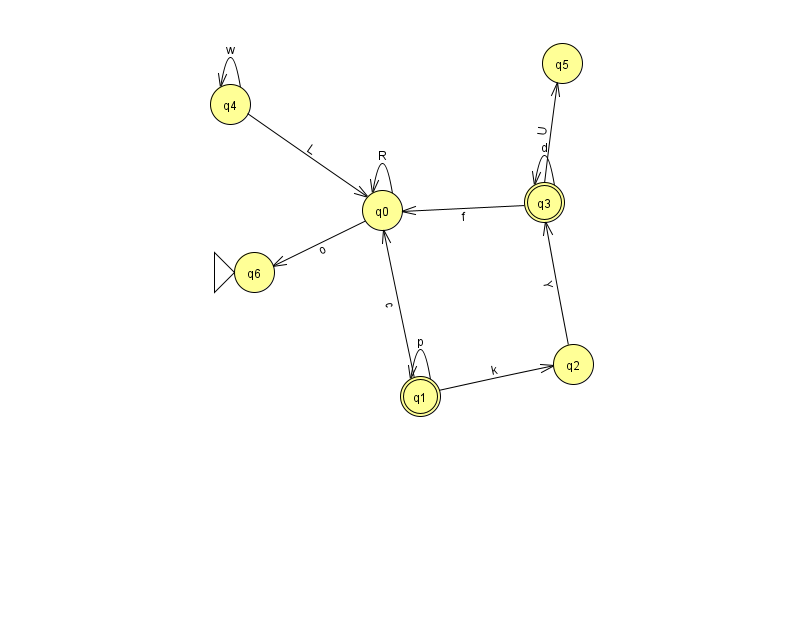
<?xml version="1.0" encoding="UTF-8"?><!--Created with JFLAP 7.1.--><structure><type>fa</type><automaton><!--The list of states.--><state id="0" name="q0"><x>382.0</x><y>197.0</y></state><state id="1" name="q1"><x>420.0</x><y>383.0</y><final/></state><state id="2" name="q2"><x>573.0</x><y>351.0</y></state><state id="3" name="q3"><x>544.0</x><y>189.0</y><final/></state><state id="4" name="q4"><x>230.0</x><y>91.0</y></state><state id="5" name="q5"><x>562.0</x><y>50.0</y></state><state id="6" name="q6"><x>254.0</x><y>259.0</y><initial/></state><!--The list of transitions.--><transition><from>1</from><to>1</to><read>p</read></transition><transition><from>2</from><to>3</to><read>Y</read></transition><transition><from>1</from><to>0</to><read>c</read></transition><transition><from>0</from><to>0</to><read>R</read></transition><transition><from>3</from><to>5</to><read>U</read></transition><transition><from>3</from><to>3</to><read>d</read></transition><transition><from>4</from><to>4</to><read>w</read></transition><transition><from>1</from><to>2</to><read>k</read></transition><transition><from>0</from><to>6</to><read>o</read></transition><transition><from>3</from><to>0</to><read>f</read></transition><transition><from>4</from><to>0</to><read>L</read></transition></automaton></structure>